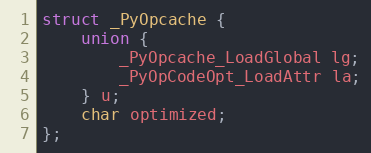
Language: C
struct _PyOpcache {
    union {
        _PyOpcache_LoadGlobal lg;
        _PyOpCodeOpt_LoadAttr la;
    } u;
    char optimized;
};